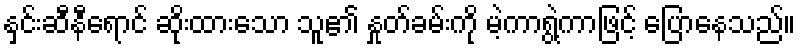
နှင်းဆီနီရောင် ဆိုးထားသော သူ၏ နှုတ်ခမ်းကို မဲ့ကာရွဲ့ကာဖြင့် ပြောနေသည်။